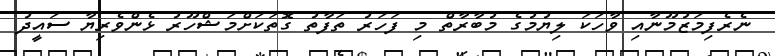
ނެރެފިމަޒުމޫނާއި ވާހަކަ ލިޔުމުގެ މުބާރާތް މި ފަހަރު ތަފާތު ގޮތަކަށްމަޝްހޫރު ޅެންވެރިޔާ ސައީދު